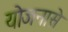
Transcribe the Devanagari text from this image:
योजनासे